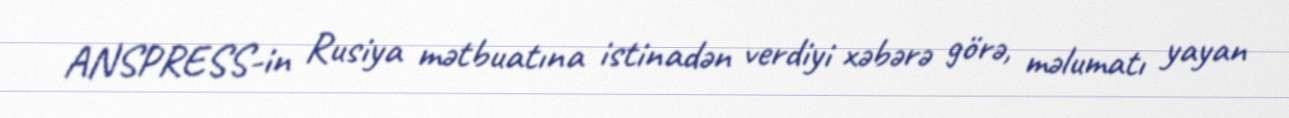
ANSPRESS-in Rusiya mətbuatına istinadən verdiyi xəbərə görə, məlumatı yayan